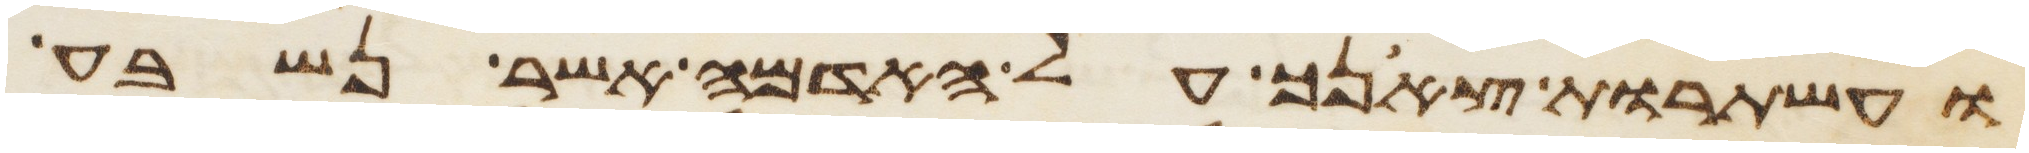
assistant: ועשתרות צאנך על האדמה אשר נשבע